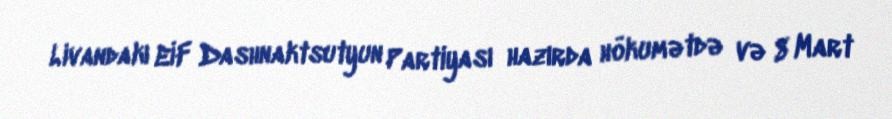
Livandakı EİF Dashnaktsutyun Partiyası hazırda hökumətdə və 8 Mart